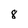
Character: 8